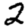
Digit: 2